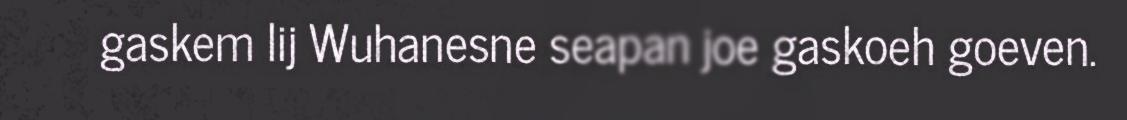
gaskem lij Wuhanesne seapan joe gaskoeh goeven.